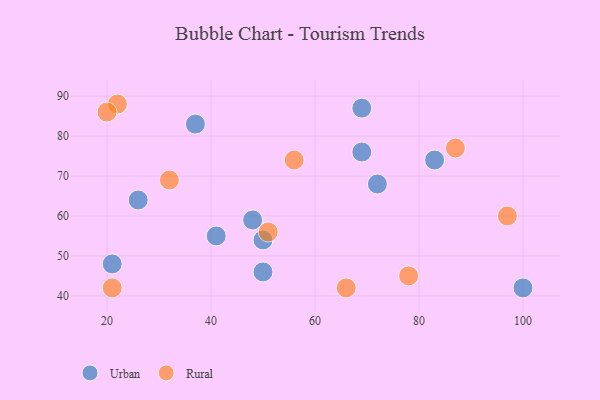
{"axis": {"x": "GDP", "y": "Life Expectancy"}, "legend": ["Rural", "Urban"], "data": [{"x": "41", "y": 55, "type": "Urban"}, {"x": "50", "y": 54, "type": "Urban"}, {"x": "69", "y": 76, "type": "Urban"}, {"x": "26", "y": 64, "type": "Urban"}, {"x": "83", "y": 74, "type": "Urban"}, {"x": "48", "y": 59, "type": "Urban"}, {"x": "50", "y": 46, "type": "Urban"}, {"x": "100", "y": 42, "type": "Urban"}, {"x": "37", "y": 83, "type": "Urban"}, {"x": "72", "y": 68, "type": "Urban"}, {"x": "21", "y": 48, "type": "Urban"}, {"x": "69", "y": 87, "type": "Urban"}, {"x": "87", "y": 77, "type": "Rural"}, {"x": "22", "y": 88, "type": "Rural"}, {"x": "20", "y": 86, "type": "Rural"}, {"x": "21", "y": 42, "type": "Rural"}, {"x": "56", "y": 74, "type": "Rural"}, {"x": "66", "y": 42, "type": "Rural"}, {"x": "97", "y": 60, "type": "Rural"}, {"x": "32", "y": 69, "type": "Rural"}, {"x": "51", "y": 56, "type": "Rural"}, {"x": "78", "y": 45, "type": "Rural"}]}